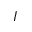
I